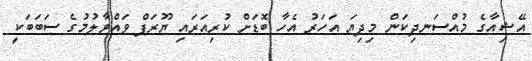
އޭޝިއާގެ މުއްސަނދިކަން މިދިޔަ އަހަރު އެހާ ބޮޑަށް ކުރިއަރައި ޔޫރަޕް ވައްޓާލުމުގެ ސަބަބަކީ